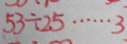
5 3 \div 2 5 \cdots 3